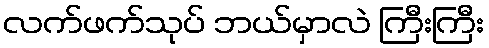
လက်ဖက်သုပ် ဘယ်မှာလဲ ကြီးကြီး